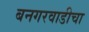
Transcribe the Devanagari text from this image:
बनगरवाडीचा